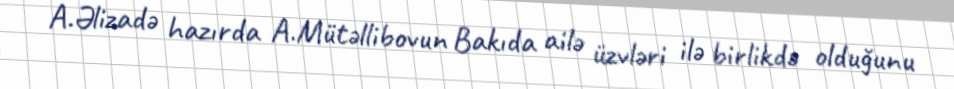
A.Əlizadə hazırda A.Mütəllibovun Bakıda ailə üzvləri ilə birlikdə olduğunu